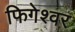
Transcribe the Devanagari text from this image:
फिगेश्वर